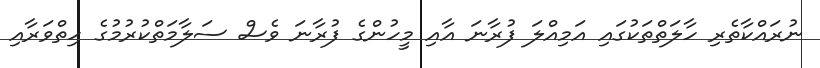
ނުރައްކާތެރި ހާލަތްތަކުގައި އަމިއްލަ ފުރާނަ އާއި މީހުންގެ ފުރާނަ ވެސް ސަލާމަތްކުރުމުގެ ހިތްވަރާއި